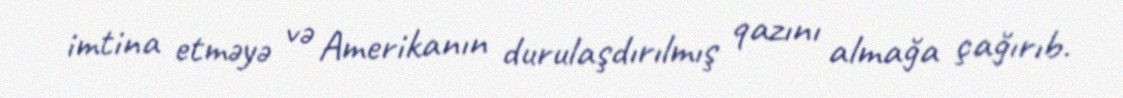
imtina etməyə və Amerikanın durulaşdırılmış qazını almağa çağırıb.